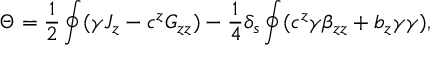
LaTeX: \Theta = { \frac { 1 } { 2 } } \oint ( \gamma { \cal J } _ { z } - c ^ { z } { \cal G } _ { z z } ) - { \frac { 1 } { 4 } } \delta _ { s } \oint ( c ^ { z } \gamma \beta _ { z z } + b _ { z } \gamma \gamma ) ,